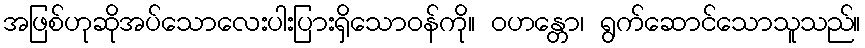
အဖြစ်ဟုဆိုအပ်သောလေးပါးပြားရှိသောဝန်ကို။ ဝဟန္တော၊ ရွက်ဆောင်သောသူသည်။